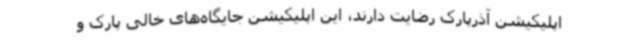
اپلیکیشن آذرپارک رضایت دارند، این اپلیکیشن جایگاه‌های خالی پارک و